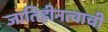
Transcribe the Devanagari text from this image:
जातिहीनत्वाची